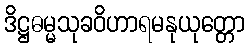
ဒိဋ္ဌဓမ္မသုခဝိဟာရမနုယုတ္တော